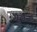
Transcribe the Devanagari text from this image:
गुंबज़